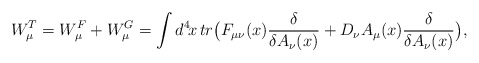
\begin{align*}W^T_\mu = W^F_\mu + W^G_\mu = \int d^4\!x\, tr\big( F_{\mu\nu}(x){\delta\over \delta A_\nu(x)}+ D_\nu A_\mu(x){\delta\over\delta A_\nu(x)}\big),\end{align*}